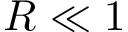
R \ll 1